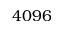
4 0 9 6